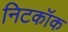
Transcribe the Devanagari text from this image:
निटकॉक